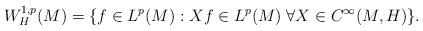
LaTeX: \begin{align*}W^{1,p}_H(M)=\{f\in L^p(M): Xf\in L^p(M)\;\forall X\in C^\infty(M,H)\}.\end{align*}